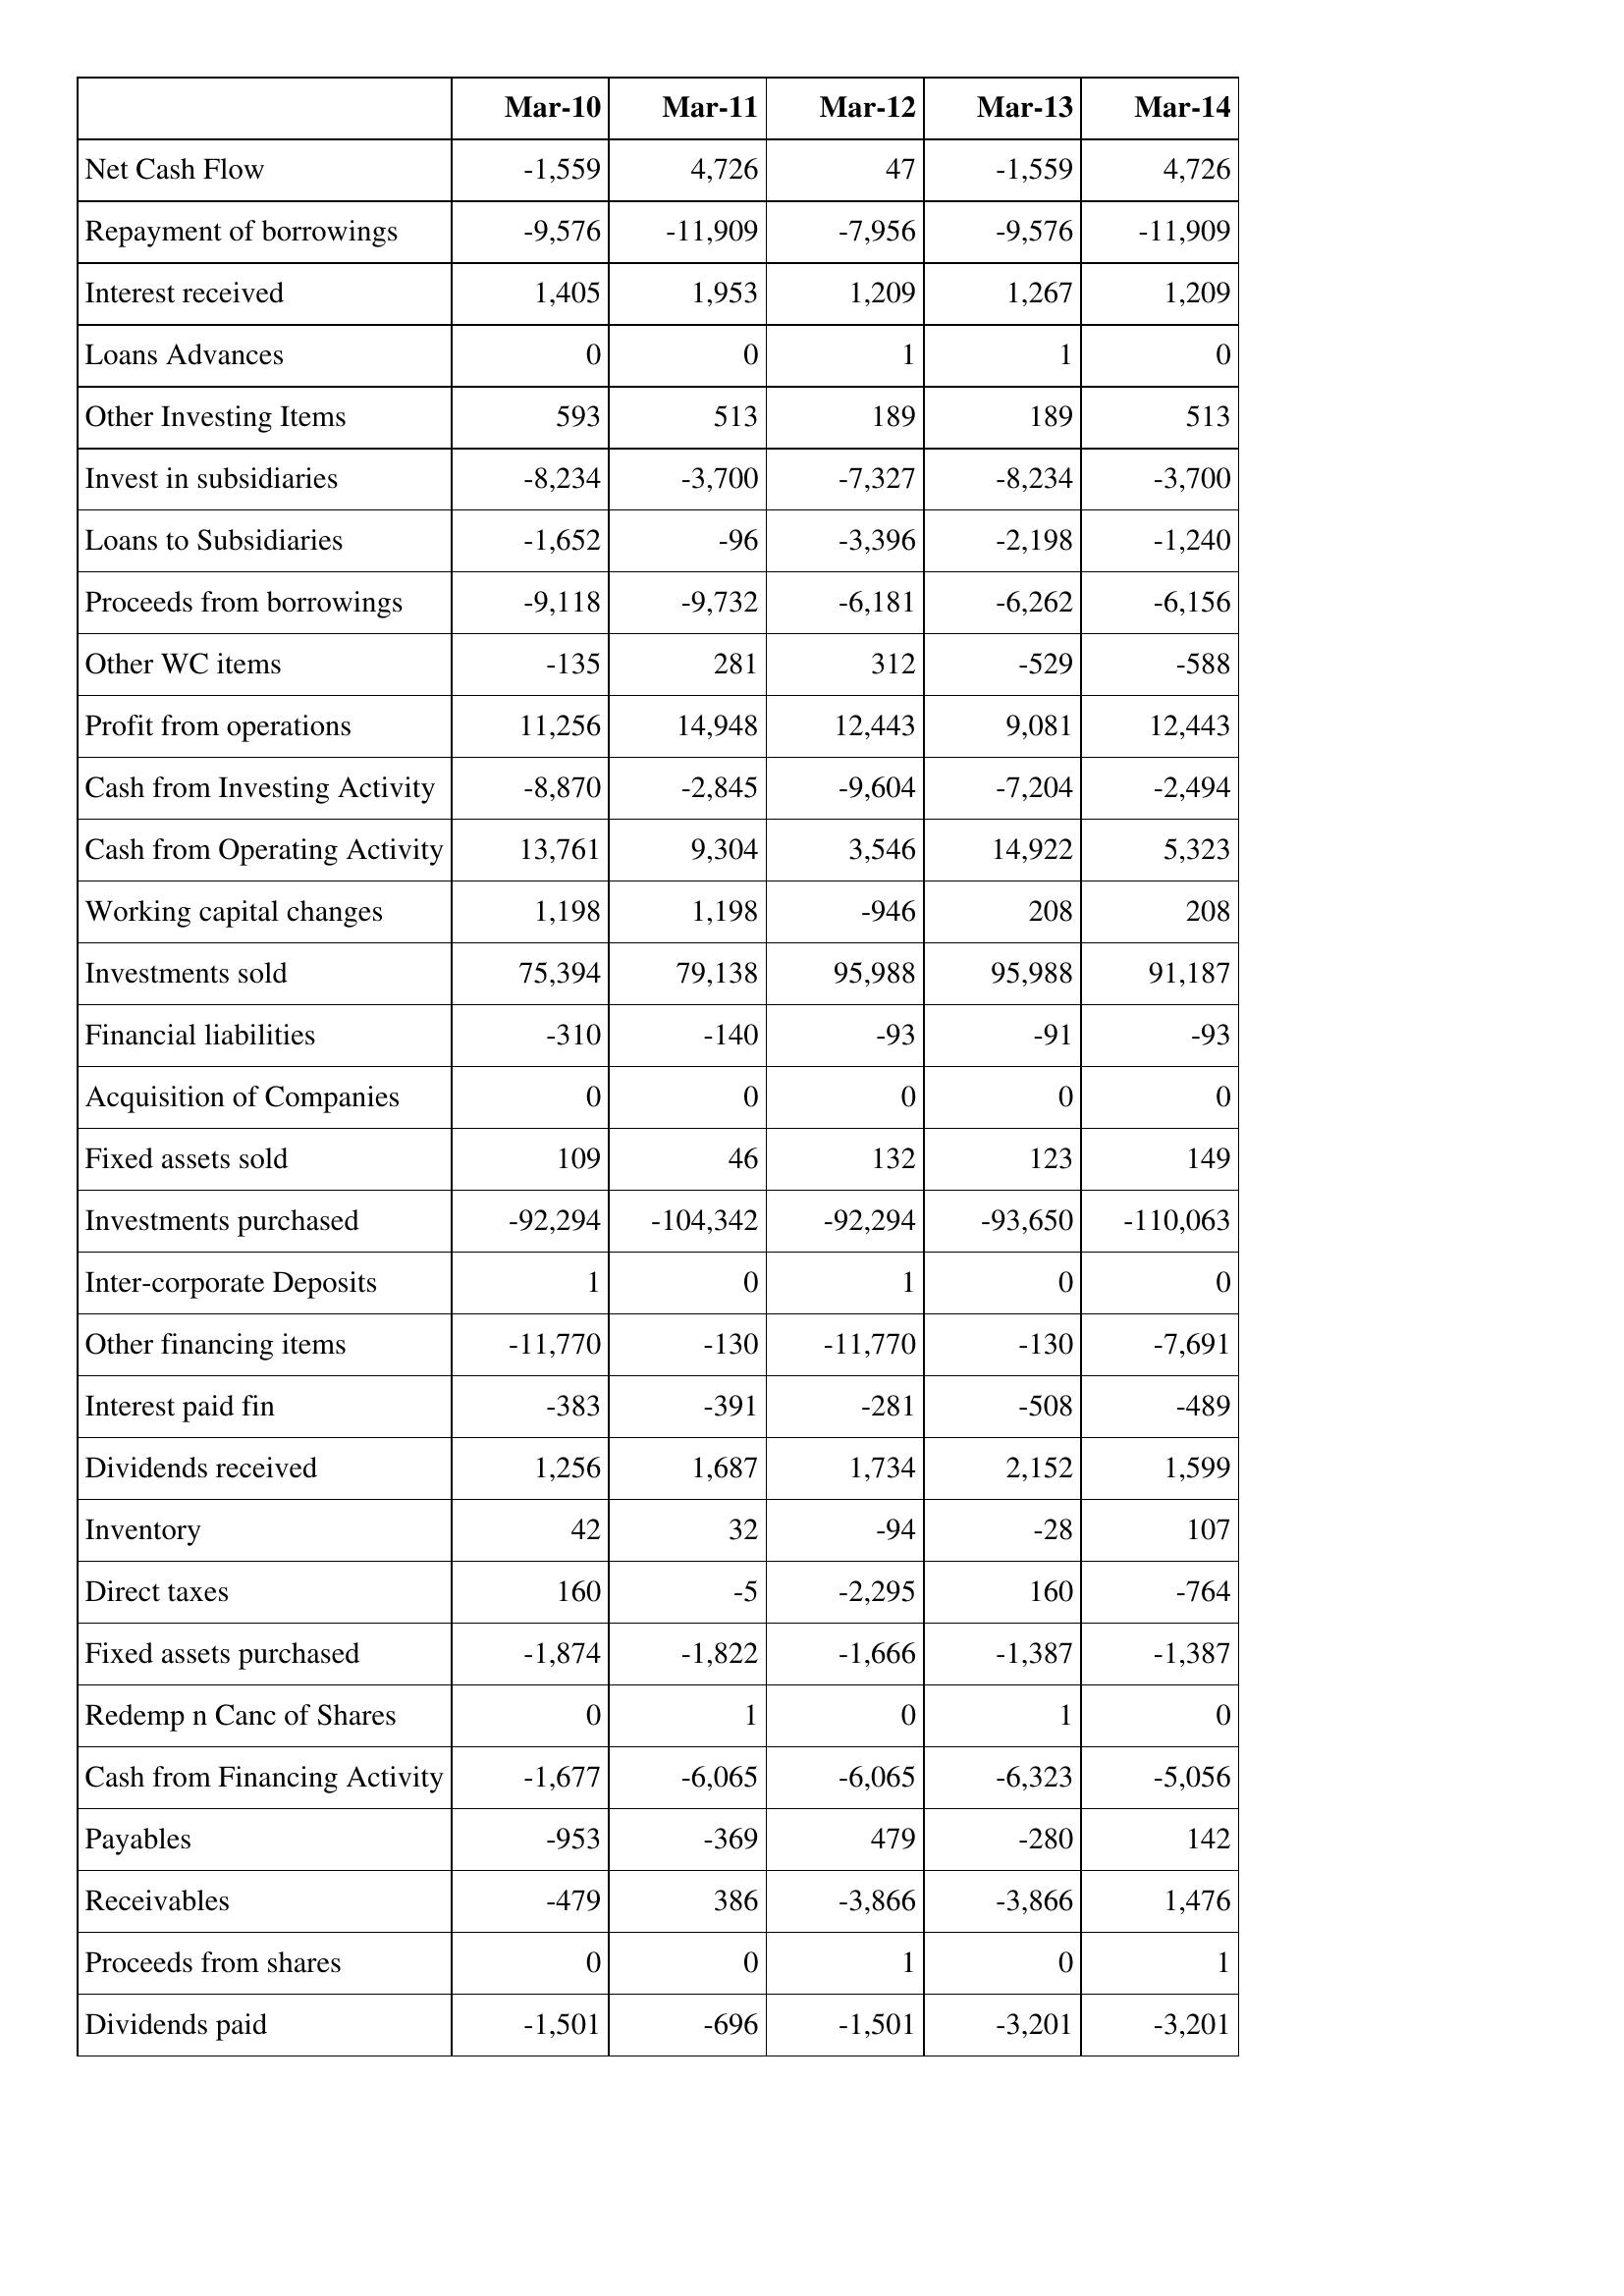
Mar-10: Cash Flows: Net Cash Flow: -1,559
Repayment of borrowings: -9,576
Interest received: 1,405
Loans Advances: 0
Other Investing Items: 593
Invest in subsidiaries: -8,234
Loans to Subsidiaries: -1,652
Proceeds from borrowings: -9,118
Other WC items: -135
Profit from operations: 11,256
Cash from Investing Activity: -8,870
Cash from Operating Activity: 13,761
Working capital changes: 1,198
Investments sold: 75,394
Financial liabilities: -310
Acquisition of Companies: 0
Fixed assets sold: 109
Investments purchased: -92,294
Inter-corporate Deposits: 1
Other financing items: -11,770
Interest paid fin: -383
Dividends received: 1,256
Inventory: 42
Direct taxes: 160
Fixed assets purchased: -1,874
Redemp n Canc of Shares: 0
Cash from Financing Activity: -1,677
Payables: -953
Receivables: -479
Proceeds from shares: 0
Dividends paid: -1,501
Mar-11: Cash Flows: Net Cash Flow: 4,726
Repayment of borrowings: -11,909
Interest received: 1,953
Loans Advances: 0
Other Investing Items: 513
Invest in subsidiaries: -3,700
Loans to Subsidiaries: -96
Proceeds from borrowings: -9,732
Other WC items: 281
Profit from operations: 14,948
Cash from Investing Activity: -2,845
Cash from Operating Activity: 9,304
Working capital changes: 1,198
Investments sold: 79,138
Financial liabilities: -140
Acquisition of Companies: 0
Fixed assets sold: 46
Investments purchased: -104,342
Inter-corporate Deposits: 0
Other financing items: -130
Interest paid fin: -391
Dividends received: 1,687
Inventory: 32
Direct taxes: -5
Fixed assets purchased: -1,822
Redemp n Canc of Shares: 1
Cash from Financing Activity: -6,065
Payables: -369
Receivables: 386
Proceeds from shares: 0
Dividends paid: -696
Mar-12: Cash Flows: Net Cash Flow: 47
Repayment of borrowings: -7,956
Interest received: 1,209
Loans Advances: 1
Other Investing Items: 189
Invest in subsidiaries: -7,327
Loans to Subsidiaries: -3,396
Proceeds from borrowings: -6,181
Other WC items: 312
Profit from operations: 12,443
Cash from Investing Activity: -9,604
Cash from Operating Activity: 3,546
Working capital changes: -946
Investments sold: 95,988
Financial liabilities: -93
Acquisition of Companies: 0
Fixed assets sold: 132
Investments purchased: -92,294
Inter-corporate Deposits: 1
Other financing items: -11,770
Interest paid fin: -281
Dividends received: 1,734
Inventory: -94
Direct taxes: -2,295
Fixed assets purchased: -1,666
Redemp n Canc of Shares: 0
Cash from Financing Activity: -6,065
Payables: 479
Receivables: -3,866
Proceeds from shares: 1
Dividends paid: -1,501
Mar-13: Cash Flows: Net Cash Flow: -1,559
Repayment of borrowings: -9,576
Interest received: 1,267
Loans Advances: 1
Other Investing Items: 189
Invest in subsidiaries: -8,234
Loans to Subsidiaries: -2,198
Proceeds from borrowings: -6,262
Other WC items: -529
Profit from operations: 9,081
Cash from Investing Activity: -7,204
Cash from Operating Activity: 14,922
Working capital changes: 208
Investments sold: 95,988
Financial liabilities: -91
Acquisition of Companies: 0
Fixed assets sold: 123
Investments purchased: -93,650
Inter-corporate Deposits: 0
Other financing items: -130
Interest paid fin: -508
Dividends received: 2,152
Inventory: -28
Direct taxes: 160
Fixed assets purchased: -1,387
Redemp n Canc of Shares: 1
Cash from Financing Activity: -6,323
Payables: -280
Receivables: -3,866
Proceeds from shares: 0
Dividends paid: -3,201
Mar-14: Cash Flows: Net Cash Flow: 4,726
Repayment of borrowings: -11,909
Interest received: 1,209
Loans Advances: 0
Other Investing Items: 513
Invest in subsidiaries: -3,700
Loans to Subsidiaries: -1,240
Proceeds from borrowings: -6,156
Other WC items: -588
Profit from operations: 12,443
Cash from Investing Activity: -2,494
Cash from Operating Activity: 5,323
Working capital changes: 208
Investments sold: 91,187
Financial liabilities: -93
Acquisition of Companies: 0
Fixed assets sold: 149
Investments purchased: -110,063
Inter-corporate Deposits: 0
Other financing items: -7,691
Interest paid fin: -489
Dividends received: 1,599
Inventory: 107
Direct taxes: -764
Fixed assets purchased: -1,387
Redemp n Canc of Shares: 0
Cash from Financing Activity: -5,056
Payables: 142
Receivables: 1,476
Proceeds from shares: 1
Dividends paid: -3,201